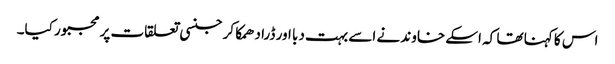
اس کا کہنا تھا کہ اسکے خاوند نے اسے بہت دبا اور ڈرا دھمکا کر جنسی تعلقات پر مجبور کیا۔